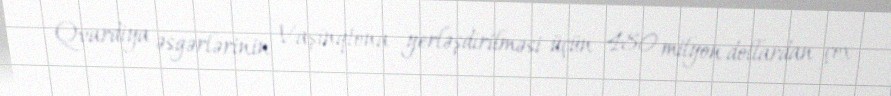
Qvardiya əsgərlərinin Vaşinqtona yerləşdirilməsi üçün 480 milyon dollardan çox